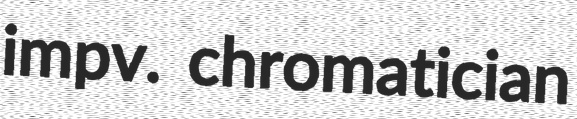
impv. chromatician